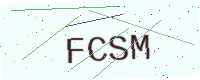
Text: FCSM